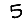
Digit: 5